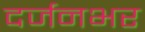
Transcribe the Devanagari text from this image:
दर्जनभर